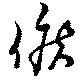
候